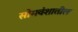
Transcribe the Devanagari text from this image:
सोमवंशातील